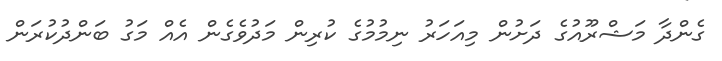
ގެންދާ މަޝްރޫއުގެ ދަށުން މިއަހަރު ނިމުމުގެ ކުރިން މަދުވެގެން އެއް މަގު ބަންދުކުރަން